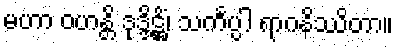
မဟာ ဝဟန္တိ ဒုဒ္ဒိဋ္ဌိံ၊ သင်္ကပ္ပါ ရာဂနိဿိတာ။